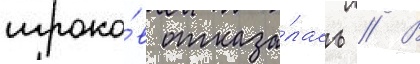
игроко́в отказа́лась // В